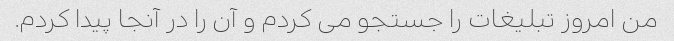
من امروز تبلیغات را جستجو می کردم و آن را در آنجا پیدا کردم.